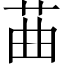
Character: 䒼